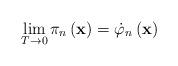
LaTeX: \begin{align*}\lim_{T\rightarrow 0}\pi _n\left( \mathbf{x}\right) =\dot{\varphi}_n\left( \mathbf{x}\right)\end{align*}